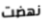
نهضت